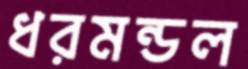
ধরমন্ডল